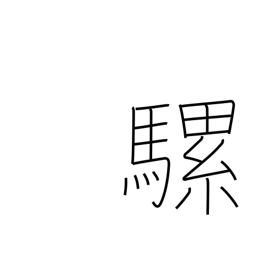
Meaning: mule